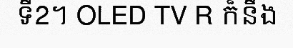
ទី2។ OLED TV R ក៏នឹង